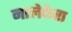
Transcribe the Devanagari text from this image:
नालेफेरा